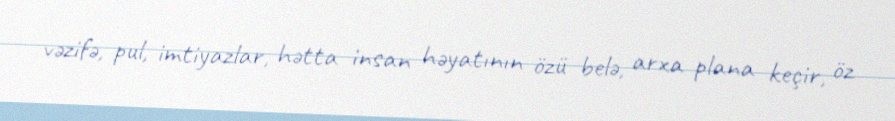
vəzifə, pul, imtiyazlar, hətta insan həyatının özü belə, arxa plana keçir, öz